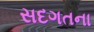
સદગતના